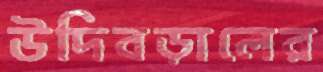
উদিবড়ালের